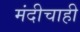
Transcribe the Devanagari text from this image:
मंदीचाही